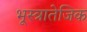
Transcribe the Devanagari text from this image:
भूस्त्रातेजिक